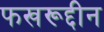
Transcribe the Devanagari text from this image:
फखरूद्दीन